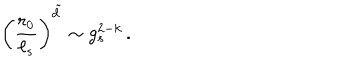
\left( { \frac { r _ { 0 } } { \ell _ { s } } } \right) ^ { \tilde { d } } \sim g _ { s } ^ { 2 - k } \, .